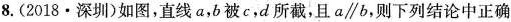
8. (2018·深圳)如图,直线a,b被c,d所截,且$$a\parallel b$$,则下列结论中正确